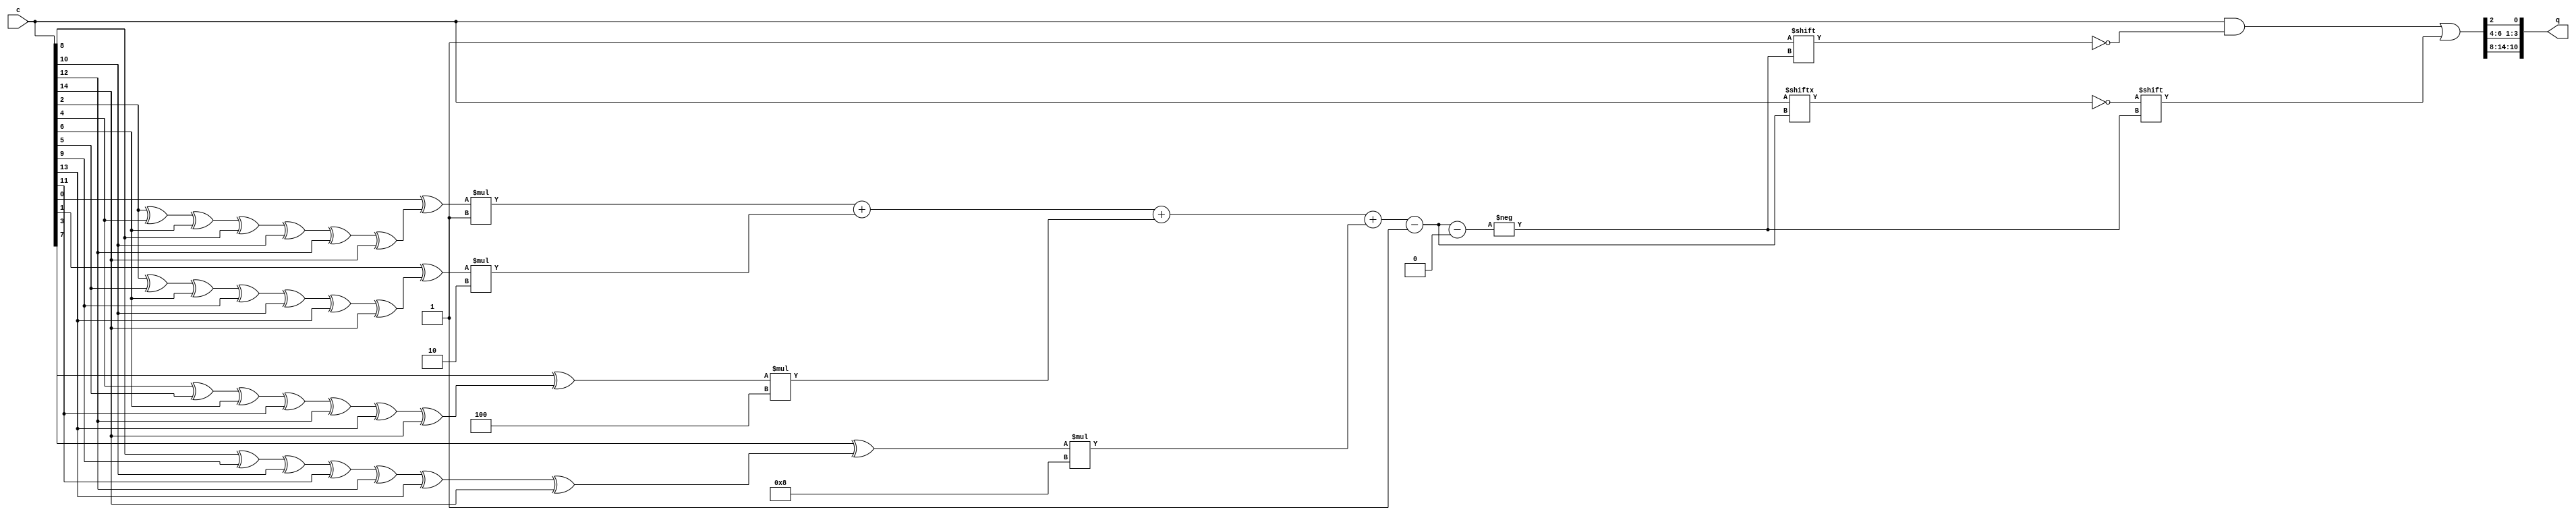
/**
 * This is written by Zhiyang Ong 
 * for EE577b Extra Credit Homework , Question 2
 *
 * Behavioral model for the Hamming decoder
 */
module ham_15_11_decoder (c,q);
	// Output signals representing the 11-bit decoded vector
	output reg [10:0] q;
	
	
	// Input signals representing the 15-bit input
	input [14:0] c;
	
	
	// Declare "reg" signals...
	// Parity bits for Hamming decoding - P's (P primes)
	reg [3:0] pb;
	// Syndrome bits for Hamming decoding
	reg [3:0] s;
	// Temporary variable to contain the conversion from binary to decimal
	//real temp;
	reg [3:0] temp;
	// Temporary storage for inputs
	reg [14:0] inputs;
	
	// Declare "wire" signals...
	// Defining constants: parameter [name_of_constant] = value;
	
	
	always @(*)
	begin
	
		/*
		 * Determine for each parity prime bit, what code bits
		 * is it made of
		 */
		pb[0]=c[2]^c[4]^c[6]^c[8]^c[10]^c[12]^c[14];
		pb[1]=c[2]^c[5]^c[6]^c[9]^c[10]^c[13]^c[14];
		pb[2]=c[4]^c[5]^c[6]^c[11]^c[12]^c[13]^c[14];
		pb[3]=c[8]^c[9]^c[10]^c[11]^c[12]^c[13]^c[14];
//	assign p[0]=d[0];
	//p{0}=d{0};
	//p(0)=d(0);		
		
		// Determine S from pb and p
		s[0] = c[0]^pb[0];
		s[1] = c[1]^pb[1];
		s[2] = c[3]^pb[2];
		s[3] = c[7]^pb[3];
	
		// Temporary store the values into a temp variable
		inputs=c;
	
			
		// Flip the decode bit with the detected error to correct it
		/*
		temp[0]=s[0]*1;
		temp[1]=s[1]*2;
		temp[2]=s[2]*4;
		temp[3]=s[3]*8;
		*/
		temp=s[0]*1;
		temp=temp+s[1]*2;
		temp=temp+s[2]*4;
		temp=temp+s[3]*8-1;
		//temp=$bitstoreal(s);
		//c[temp]=c[temp]^1;	// Compiling error
		//q[temp]=c[temp]^1;	// I/P index != output index
		inputs[temp]=c[temp]^1;
		
		
		// Assign the decoded signal bits to syndrome bits...
		q[0]=inputs[2];
		q[1]=inputs[4];
		q[2]=inputs[5];
		q[3]=inputs[6];
		q[4]=inputs[8];
		q[5]=inputs[9];
		q[6]=inputs[10];
		q[7]=inputs[11];
		q[8]=inputs[12];
		q[9]=inputs[13];
		q[10]=inputs[14];

	end
	
	
endmodule